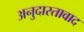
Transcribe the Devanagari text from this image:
अनुदारतावाद